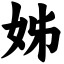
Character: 姊